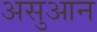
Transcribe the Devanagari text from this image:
असुआन